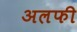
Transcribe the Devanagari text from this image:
अलफी